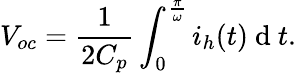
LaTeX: V_{oc}=\frac{1}{2C_{p}}\int_{0}^{\frac{\pi}{\omega}}i_{h}(t)\mathrm{~d~}t.